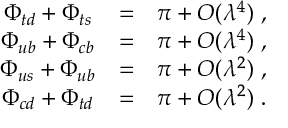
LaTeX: \begin{array} { c c c } { { \Phi _ { t d } + \Phi _ { t s } } } & { { = } } & { { \pi + O ( \lambda ^ { 4 } ) \; , } } \\ { { \Phi _ { u b } + \Phi _ { c b } } } & { { = } } & { { \pi + O ( \lambda ^ { 4 } ) \; , } } \\ { { \Phi _ { u s } + \Phi _ { u b } } } & { { = } } & { { \pi + O ( \lambda ^ { 2 } ) \; , } } \\ { { \Phi _ { c d } + \Phi _ { t d } } } & { { = } } & { { \pi + O ( \lambda ^ { 2 } ) \; . } } \end{array}